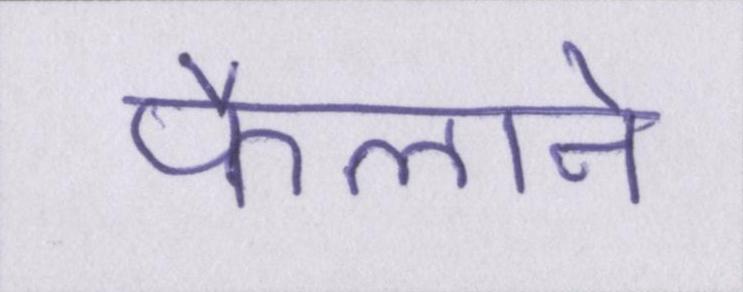
फैलाने